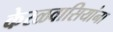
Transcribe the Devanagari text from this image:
केरळवासियांना